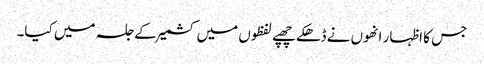
جس کا اظہار انھوں نے ڈھکے چھپے لفظوں میں کشمیر کے جلسہ میں کیا۔